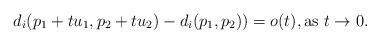
LaTeX: \begin{align*}d_i(p_1+tu_1, p_2+tu_2)-d_i(p_1,p_2)) = o(t), \mbox{as } t \to 0.\end{align*}